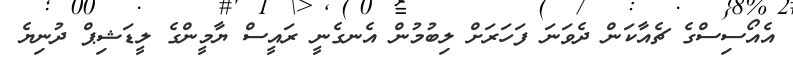
އެއޯސިސްގެ ޗެއާކަން ދެވަނަ ފަހަރަށް ލިބުމުން އެނގެނީ ރައީސް ޔާމީންގެ ލީޑަޝިޕް ދުނިޔެ